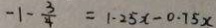
- 1 - \frac { 3 } { 4 } = 1 . 2 5 x - 0 . 7 5 x